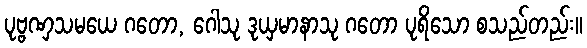
ပုဗ္ဗဏှသမယေ ဂတော, ဂေါသု ဒုယှမာနာသု ဂတော ပုရိသော စသည်တည်း။